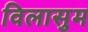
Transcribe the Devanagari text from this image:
विलासुम